65_HS1-834228961_62-HQ-83894_Section_3
Agency: FBI
Page 87
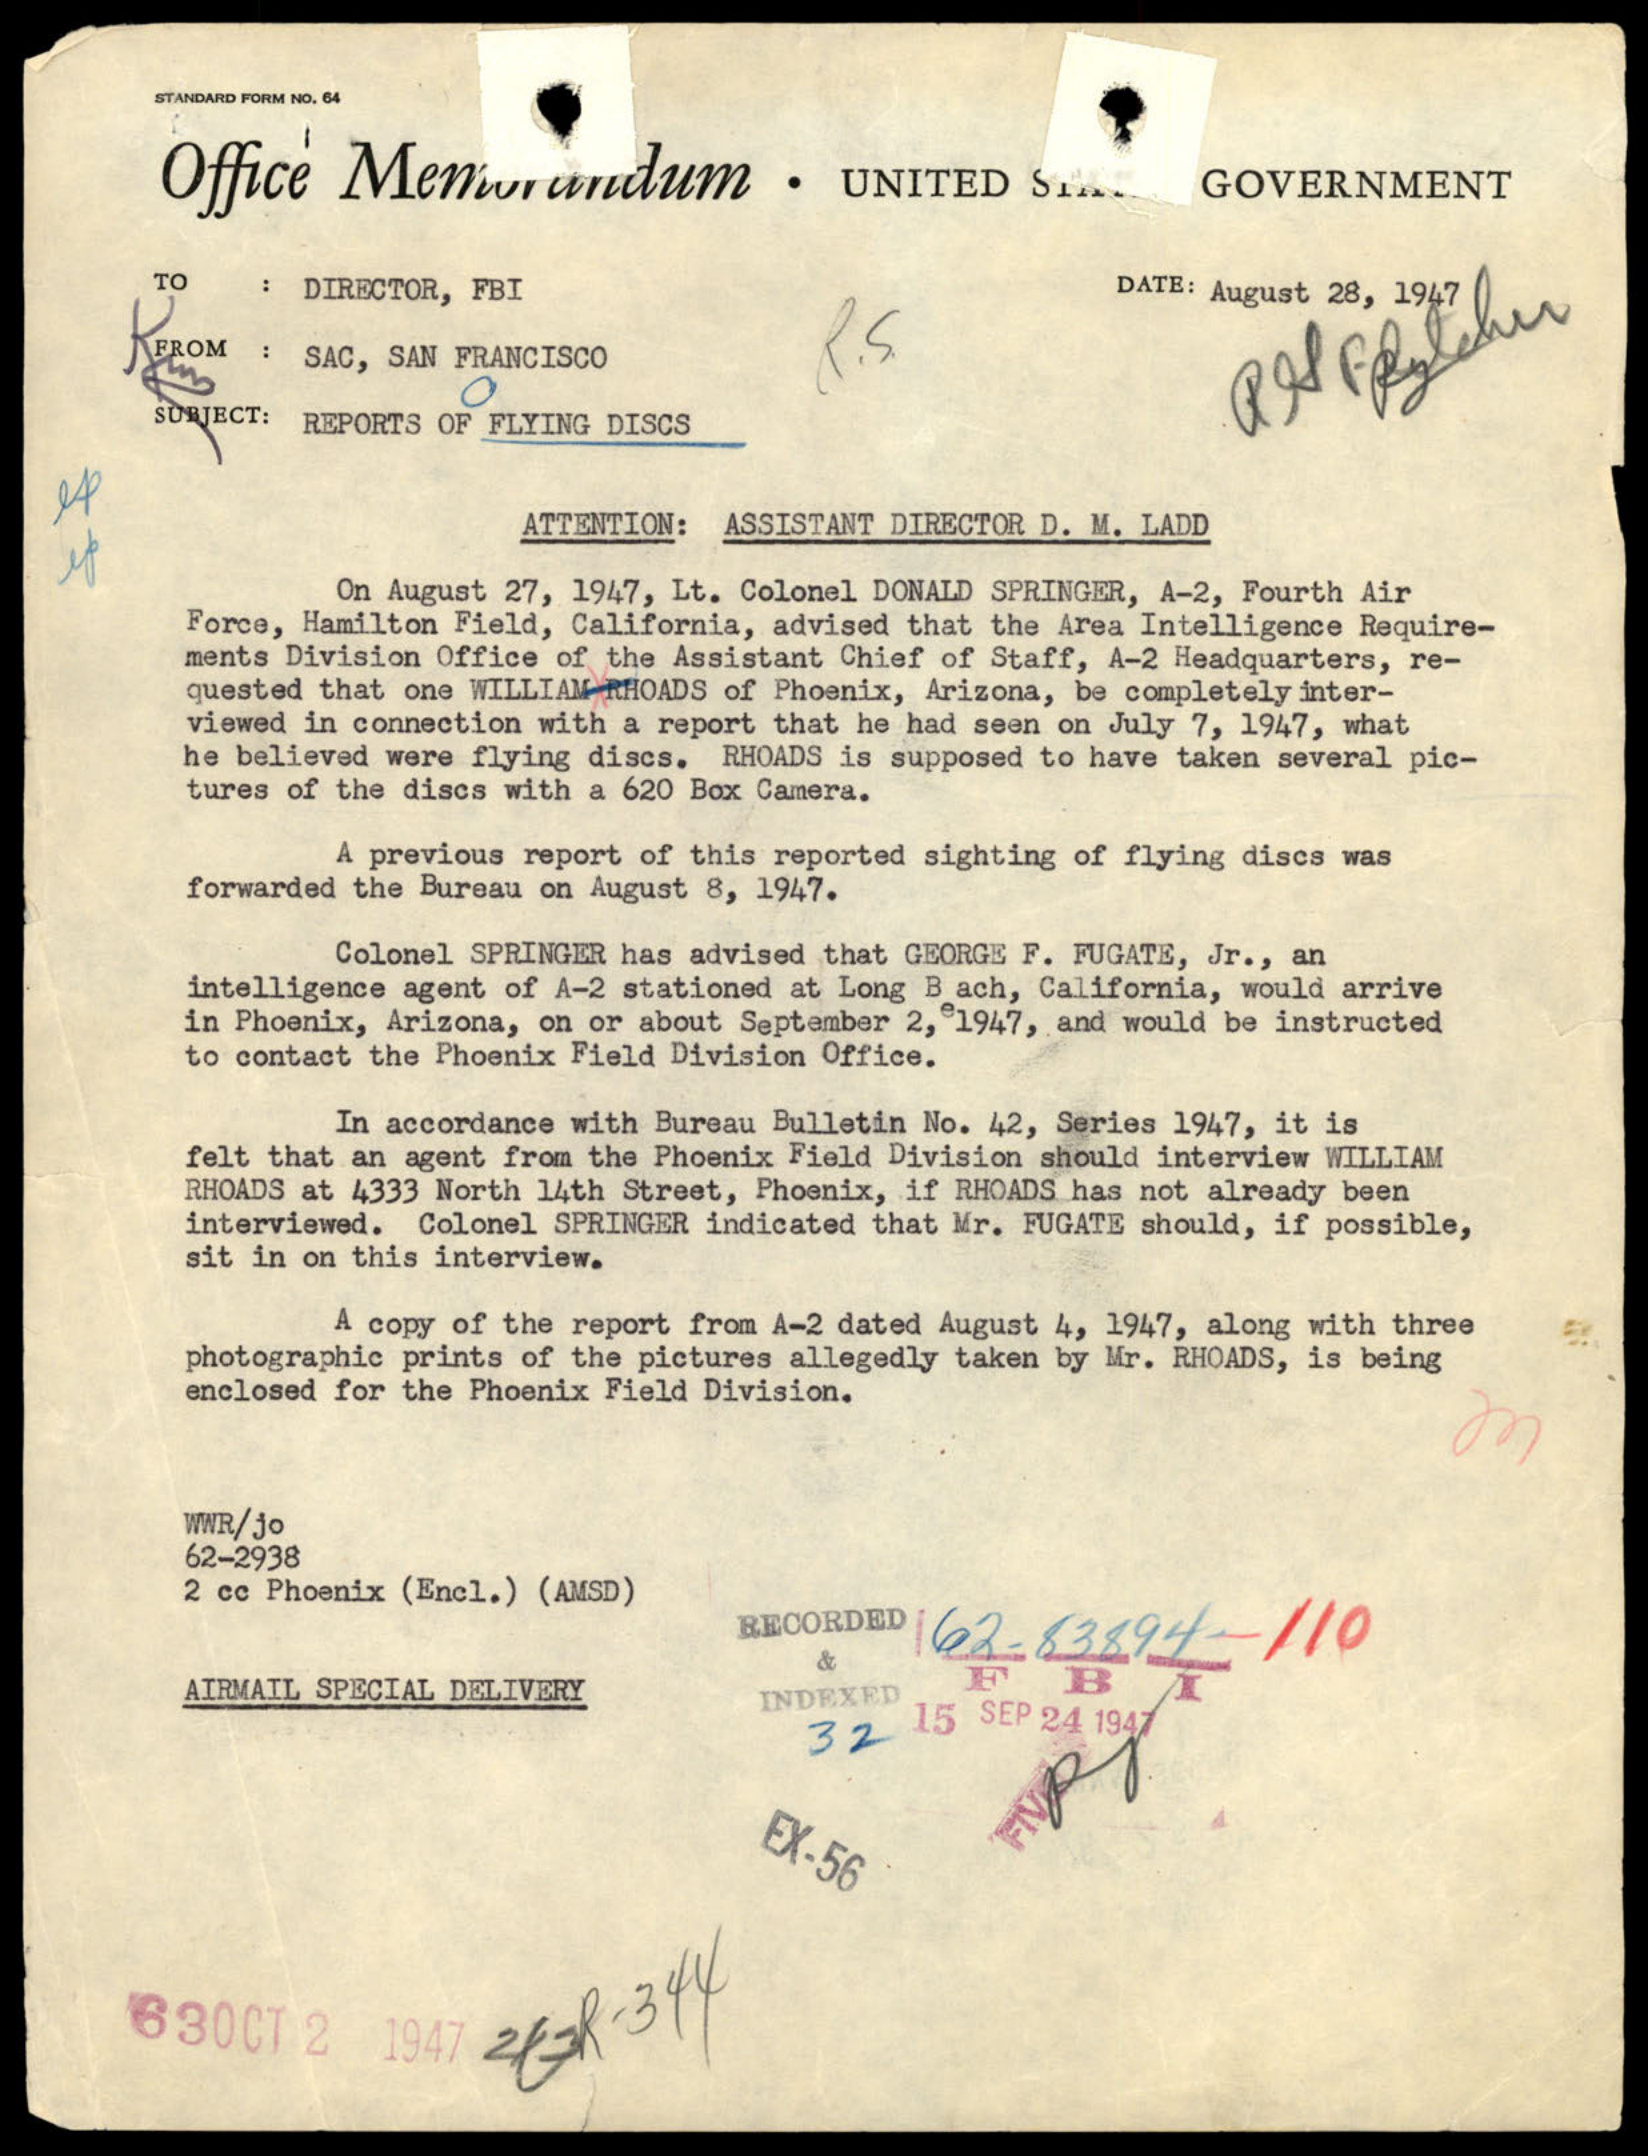